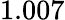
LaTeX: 1.007